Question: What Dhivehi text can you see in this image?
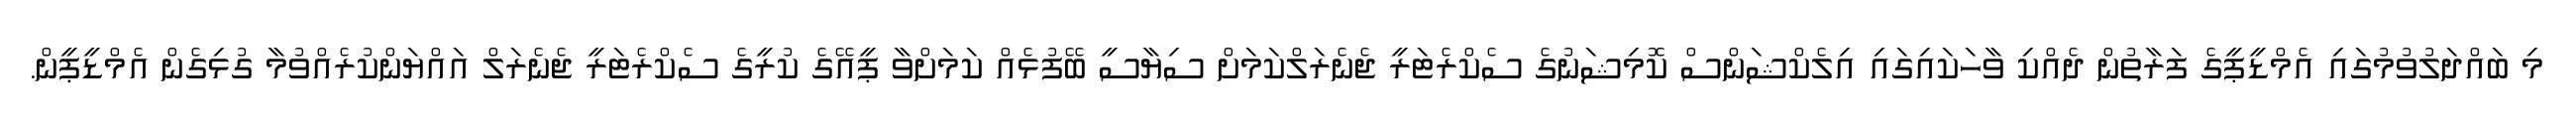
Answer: މި ބައްދަލުވުމުގައި އެމްޑީޕީގެ ފަރާތުން ދެއްކި ވާހަކައިގައި އިލެކްޝަންސް ކޮމިޝަނުގެ ސެކްރެޓަރީ ޖެނެރަލްކަމަށް ސިޔާސީ ބޭފުޅެއް ކަމަށްވާ ޕީއޭގެ ކުރީގެ ސެކްރެޓަރީ ޖެނެރަލް އައްޔަންކުރެއްވުމާ ގުޅިގެން އެމްޑީޕީން.